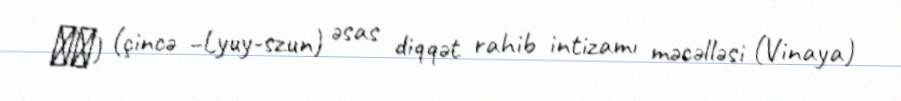
律宗) (çincə –Lyuy-szun) əsas diqqət rahib intizamı məcəlləsi (Vinaya)